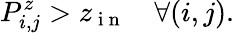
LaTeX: P_{i,j}^{z}>z_{\mathrm{~i~n~}}\quad\forall(i,j).